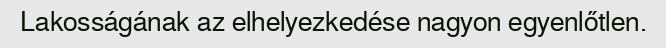
Lakosságának az elhelyezkedése nagyon egyenlőtlen.